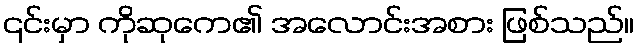
၎င်းမှာ ကိုဆုကေ၏ အလောင်းအစား ဖြစ်သည်။